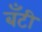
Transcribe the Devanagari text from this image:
बॅंटी